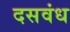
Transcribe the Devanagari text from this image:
दसवंध